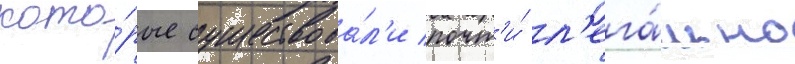
кото́рые существова́л'и почт'и́ л'ега́льно